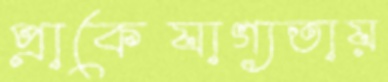
প্রাকেযাগ্যতায়